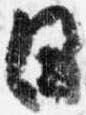
日